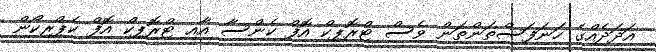
އަދަދެއްގެ ހަނަފަސްތަންތަން ވެސް ޓްރޮޕިކް އޮފް ކެންސާ އާއި ޓްރޮޕިކް އޮފް ކެޕްރިކޯން